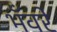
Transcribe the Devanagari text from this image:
भँवरे